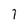
Character: 7